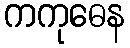
ကကုဓေန